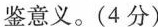
鉴意义。(4分)